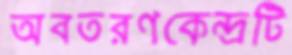
অবতরণকেন্দ্রটি